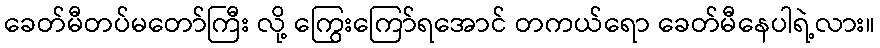
ခေတ်မီတပ်မတော်ကြီး လို့ ကြွေးကြော်ရအောင် တကယ်ရော ခေတ်မီနေပါရဲ့လား။